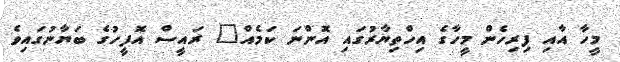
މީހާ އާއި ފިރިހެން މީހާގެ އިހްތިޔާރުގައި އޮންނަ ކަމެއް" ރައީސް އޮފީހުގެ ބަޔާނުގައިވެ